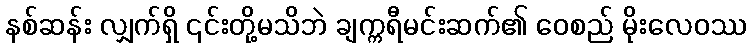
နစ်ဆန်း လျှက်ရှိ ၎င်းတို့မသိဘဲ ချက္ကရီမင်းဆက်၏ ဝေစည် မိုးလေဝဿ